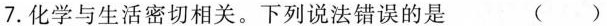
7.化学与生活密切相关。下列说法错误的是 ( )